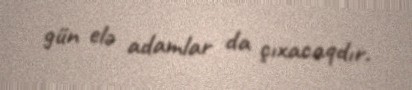
gün elə adamlar da çıxacaqdır.